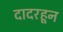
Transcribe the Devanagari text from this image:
दादरहून